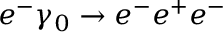
e ^ { - } \gamma _ { 0 } \rightarrow e ^ { - } e ^ { + } e ^ { - }